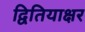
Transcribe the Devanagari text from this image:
द्वितियाक्षर